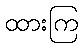
ထားကြ